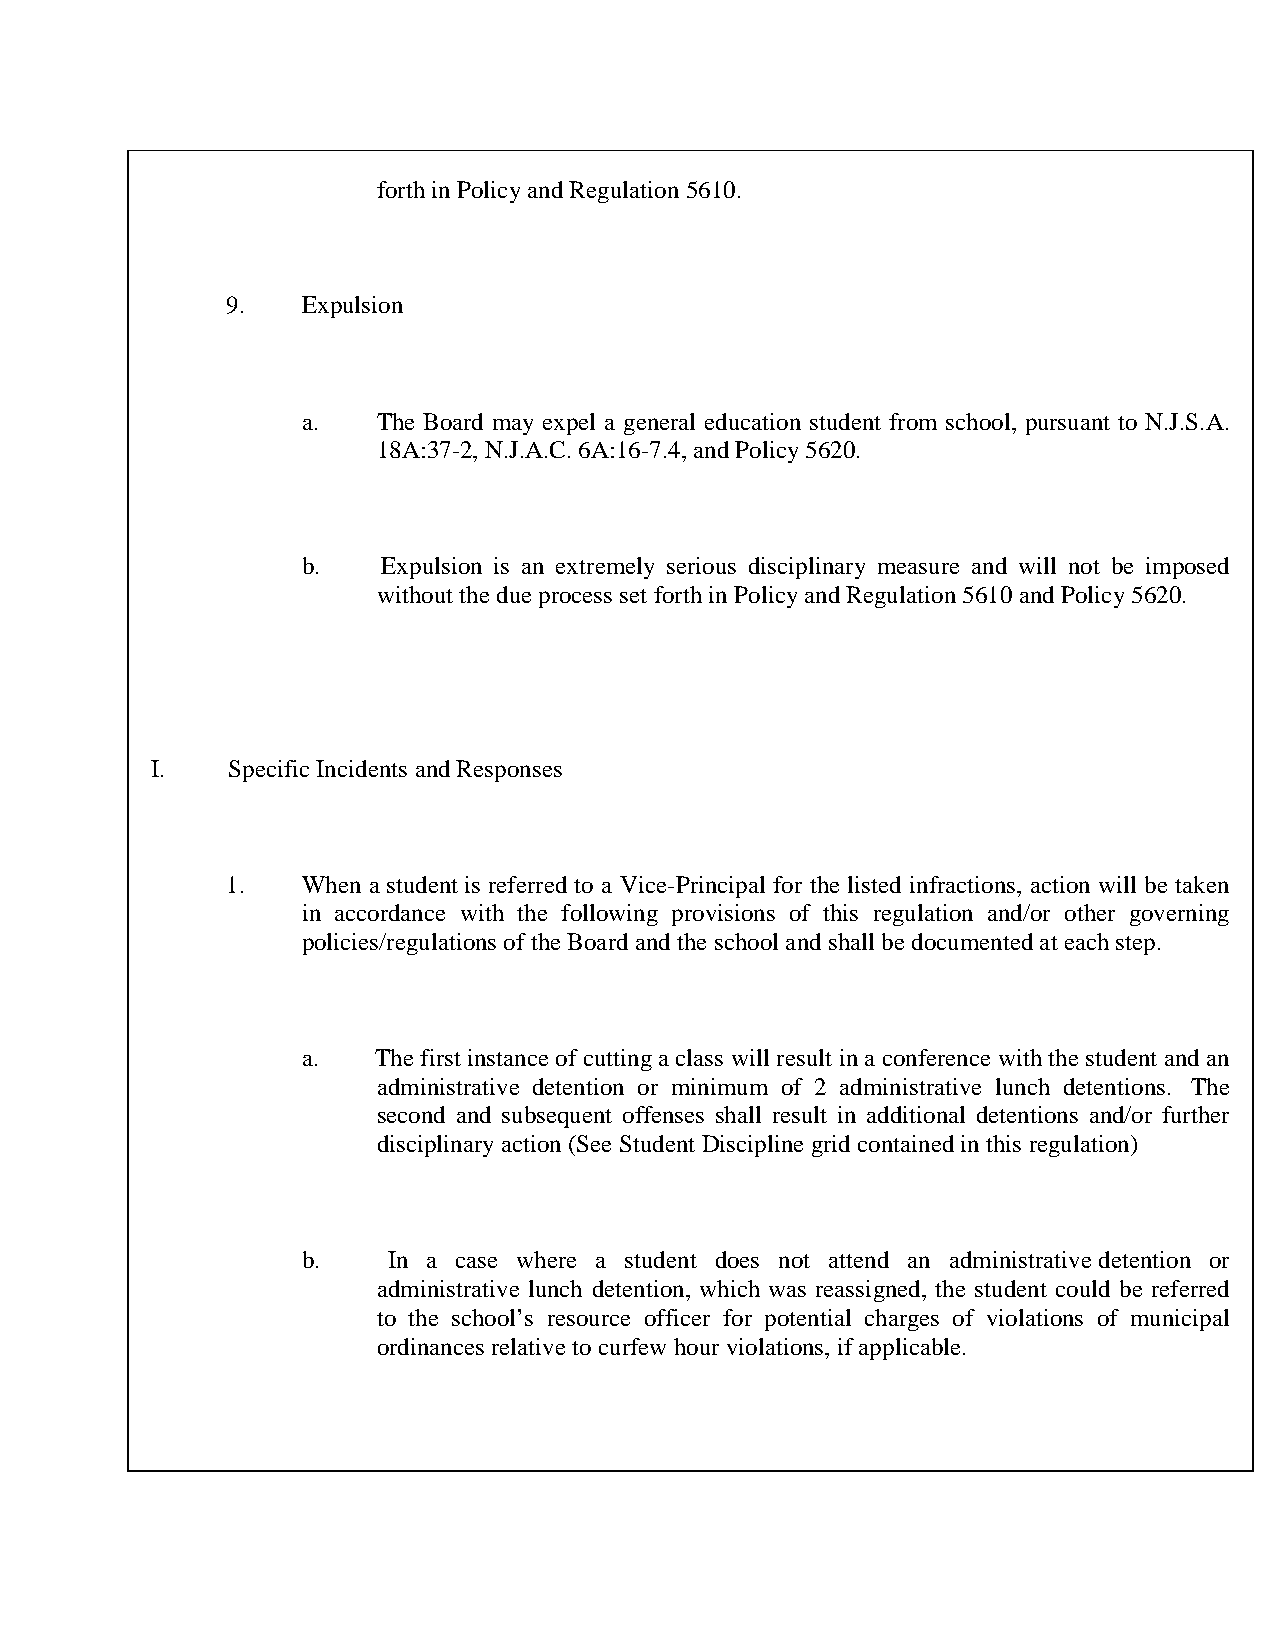
forth in Policy and Regulation 5610.
 9.   Expulsion
 a.   The Board may expel a general education student from school, pursuant to N.J.S.A.
 18A:37-2, N.J.A.C. 6A:16-7.4, and Policy 5620.
 b.   Expulsion is an extremely serious disciplinary measure and will not be imposed
 without the due process set forth in Policy and Regulation 5610 and Policy 5620.
 I.   Specific Incidents and Responses
 1.   When a student is referred to a Vice-Principal for the listed infractions, action will be taken
 in accordance with the following provisions of this regulation and/or other governing
 policies/regulations of the Board and the school and shall be documented at each step.
 a.   The first instance of cutting a class will result in a conference with the student and an
 administrative detention or minimum of 2 administrative lunch detentions. The
 second and subsequent offenses shall result in additional detentions and/or further
 disciplinary action (See Student Discipline grid contained in this regulation)
 b.    In a case where a student does not attend an administrative detention or
 administrative lunch detention, which was reassigned, the student could be referred
 to the school’s resource officer for potential charges of violations of municipal
 ordinances relative to curfew hour violations, if applicable.